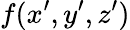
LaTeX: f(x^{\prime},y^{\prime},z^{\prime})